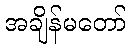
အချိန်မတော်